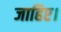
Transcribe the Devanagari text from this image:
जाहिए।